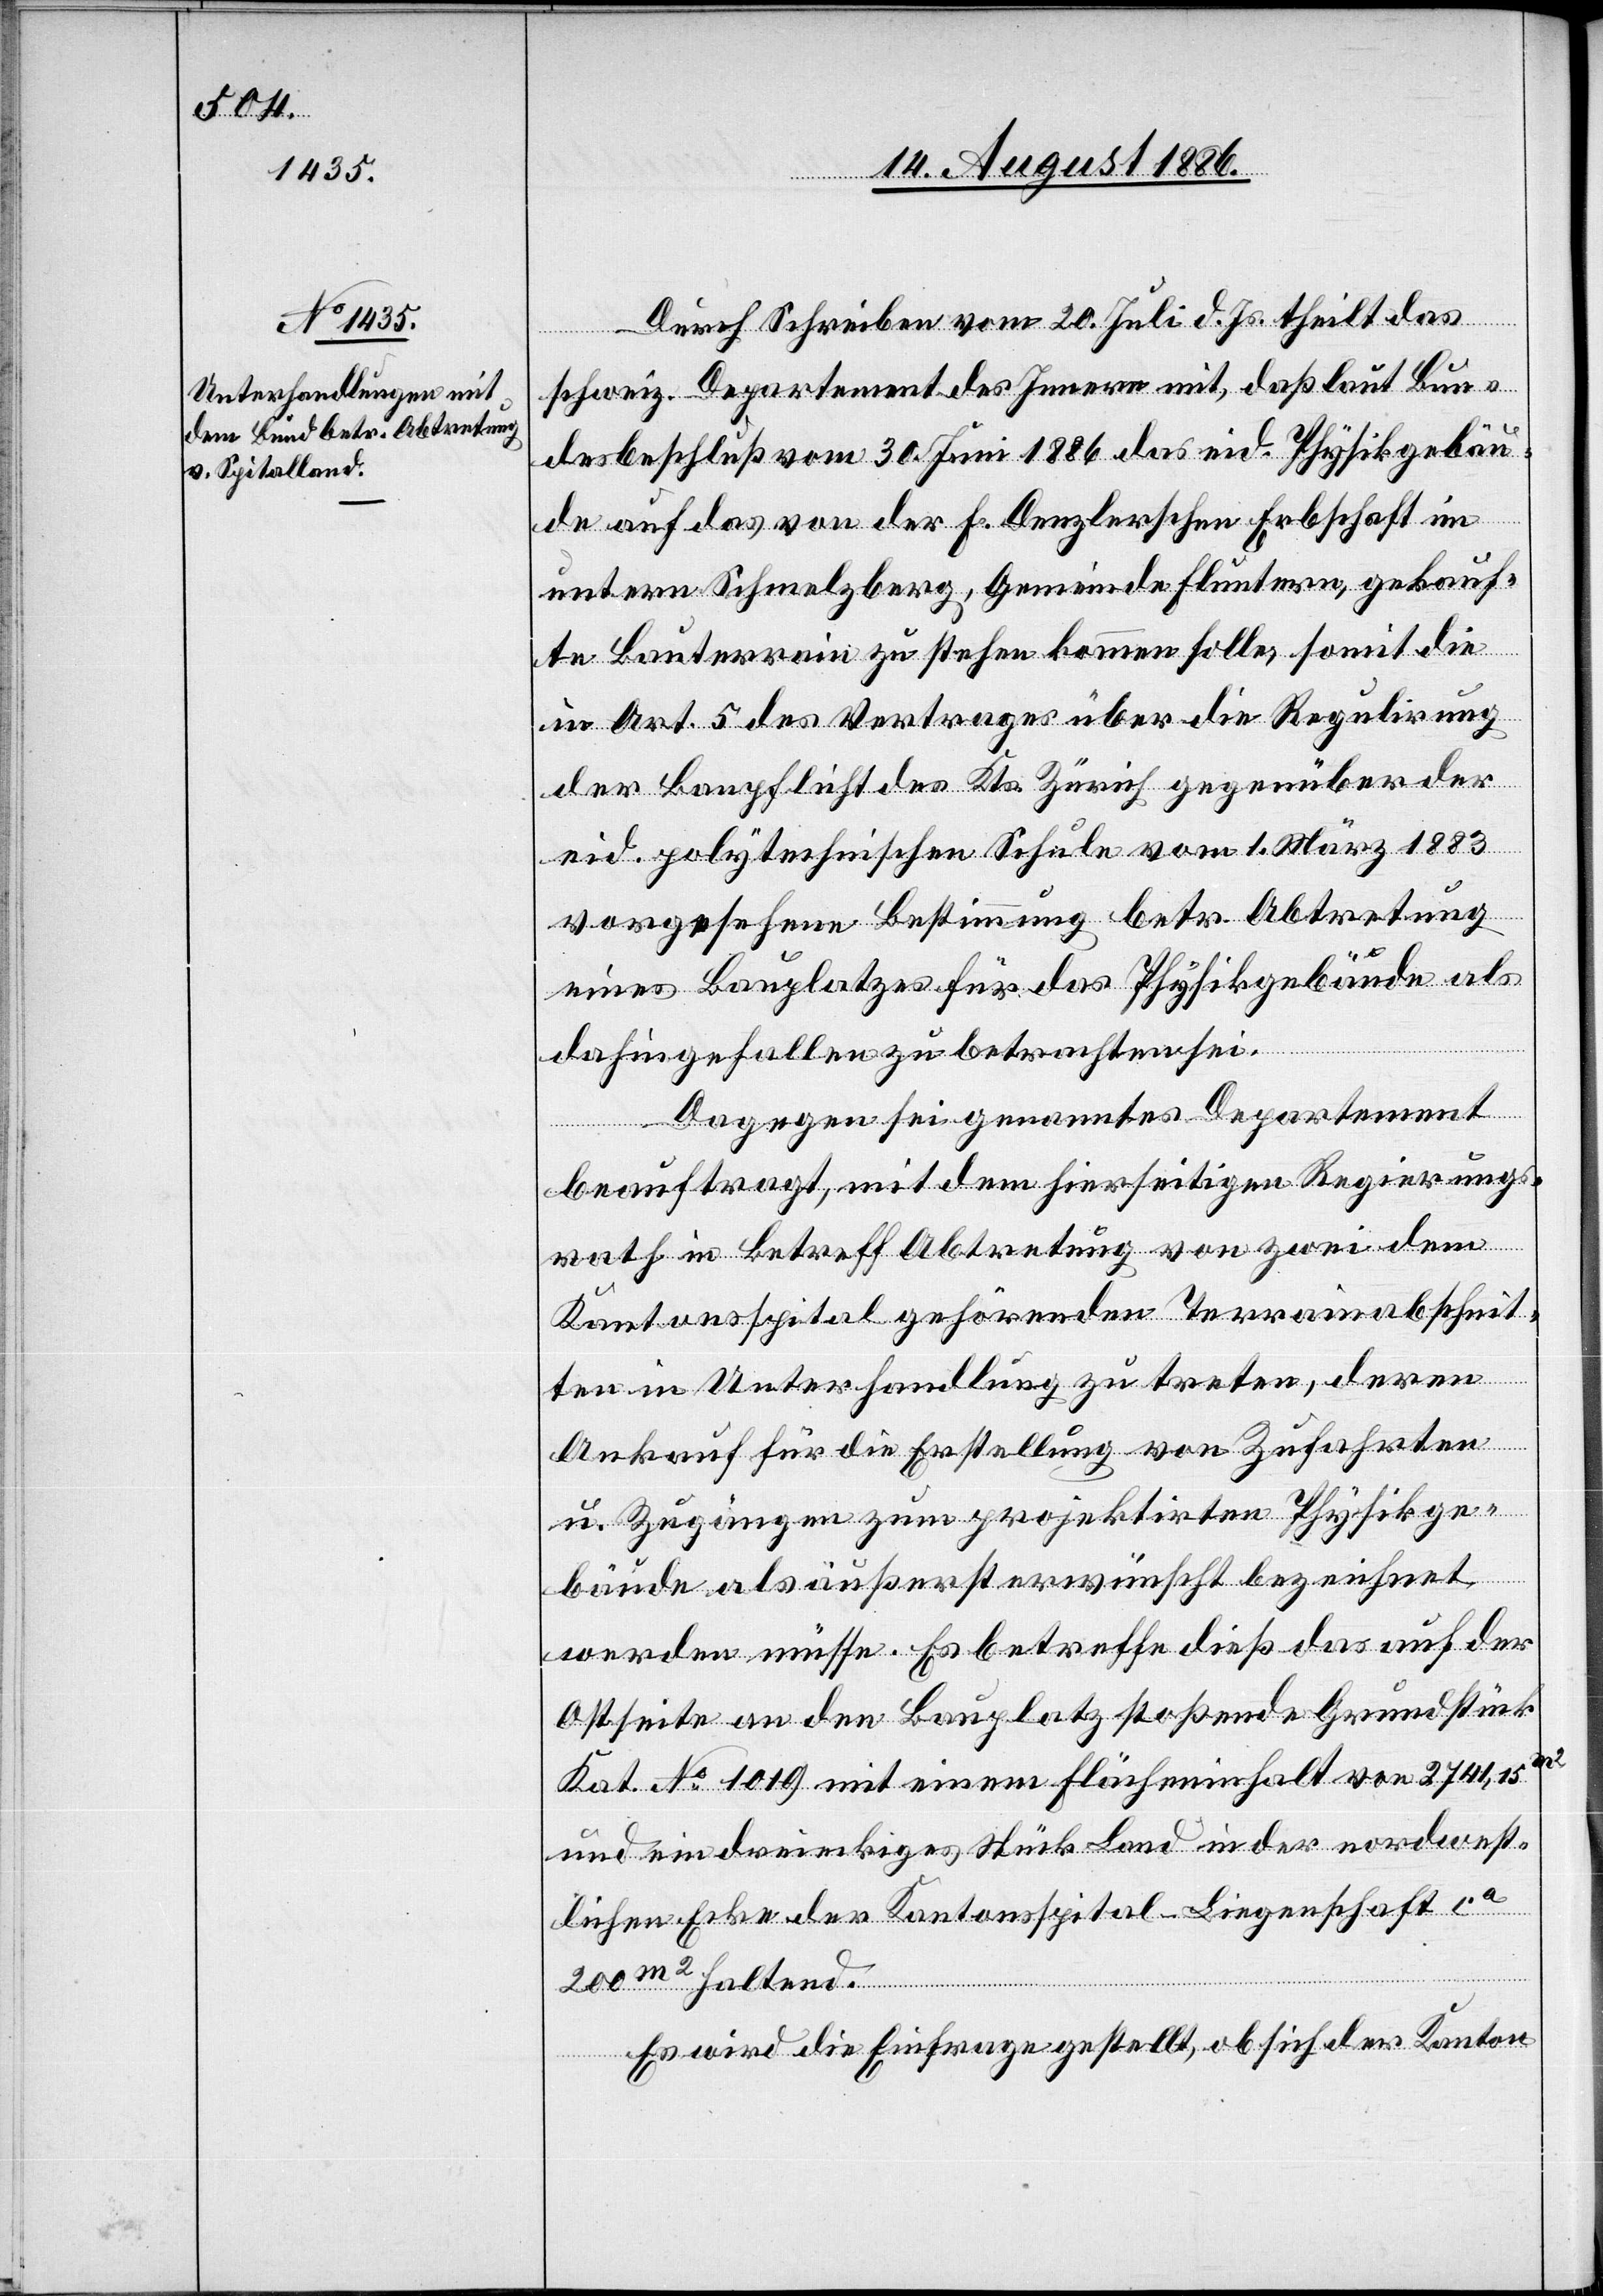
Durch Schreiben vom 20. Juli d. Js. theilt das
schweiz. Departement des Innern mit, daß laut Bun¬
desbeschluß vom 30. Juni 1886 das eid. Physikgebäu¬
de auf das von der F. Denzlerschen Erbschaft im
untern Schmelzberg, Gemeinde Fluntern, gekauf¬
te Bauterrain zu stehen kommen solle, somit die
in Art. 5 des Vertrages über die Regulirung
der Baupflicht des Kts. Zürich gegenüber der
eid. polytechnischen Schule vom 1. März 1883
vorgesehene Bestimmung betr. Abtretung
eines Bauplatzes für das Physikgebäude als
dahingefallen zu betrachten sei.
Dagegen sei genanntes Departement
beauftragt, mit dem hierseitigen Regierungs¬
rath in Betreff Abtretung von zwei dem
Kantonsspital gehörenden Terrainabschnit¬
ten in Unterhandlung zu treten, deren
Ankauf für die Erstellung von Zufahrten
u. Zugängen zum projektirten Physikge¬
bäude als äußerst erwünscht bezeichnet
werden müsse. Es betreffe dieß das auf der
Ostseite an den Bauplatz stoßende Grundstück
Kat. No 1019 mit einem Flächeninhalt von 2741,15m2
und ein dreieckiges Stück Land in der nordwest¬
lichen Ecke der Kantonsspital-Liegenschaft ca
200m2 haltend.
Es wird die Einfrage gestellt, ob sich der Kanton